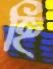
হি